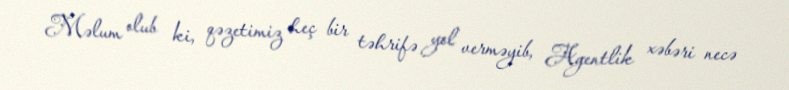
Məlum olub ki, qəzetimiz heç bir təhrifə yol verməyib, Agentlik xəbəri necə